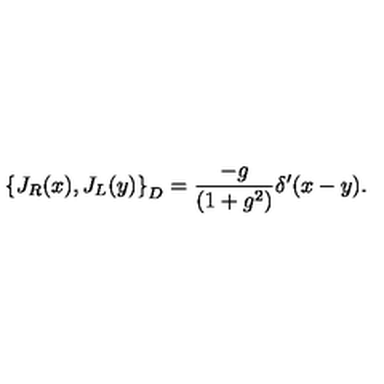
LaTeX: \left\{ J _ { R } ( x ) , J _ { L } ( y ) \right\} _ { D } = \frac { - g } { ( 1 + g ^ { 2 } ) } \delta ^ { \prime } ( x - y ) .